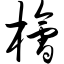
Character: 桧